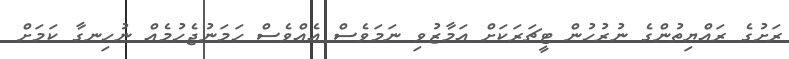
ރަށުގެ ރައްޔިތުންގެ ނުރުހުން ޓީޗަރަކަށް އަމާޒުވި ނަމަވެސް އެއްވެސް ހަމަނުޖެހުމެއް ނުހިނގާ ކަމަށް